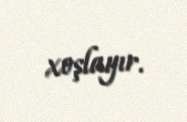
xoşlayır.